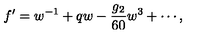
f ^ { \prime } = w ^ { - 1 } + q w - \frac { g _ { 2 } } { 6 0 } w ^ { 3 } + \cdots ,